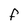
Character: F